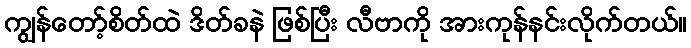
ကျွန်တော့်စိတ်ထဲ ဒိတ်ခနဲ ဖြစ်ပြီး လီဗာကို အားကုန်နင်းလိုက်တယ်။